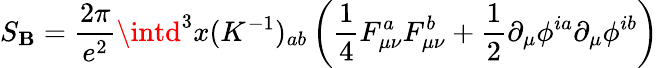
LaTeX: S_{\mathbf{B}}=\frac{{2\pi}}{{e^{2}}}\intd^{3}x(K^{-1})_{ab}\left(\frac{{1}}{{4}}F_{\mu\nu}^{a}F_{\mu\nu}^{b}+\frac{{1}}{{2}}\partial_{\mu}\phi^{ia}\partial_{\mu}\phi^{ib}\right)